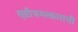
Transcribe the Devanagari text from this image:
सृष्टीचमत्काराची